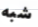
شبه